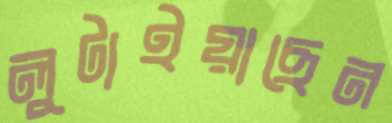
লুটাইয়াছেন